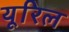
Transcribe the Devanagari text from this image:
यूरिल